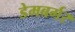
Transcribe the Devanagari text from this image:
डेमबर्गर